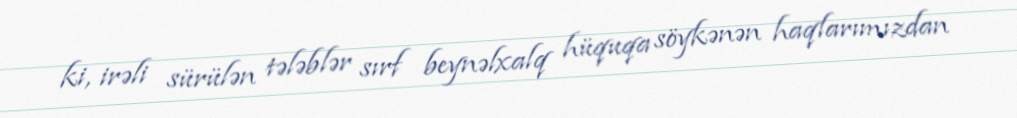
ki, irəli sürülən tələblər sırf beynəlxalq hüquqa söykənən haqlarımızdan